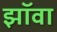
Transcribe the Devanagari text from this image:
झॉवा